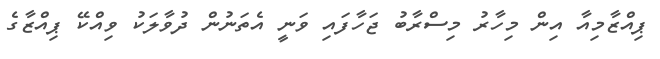
ޕިއްޒާމިއާ އިން މިހާރު މިސްރާބު ޖަހާފައި ވަނީ އެތަނުން ދުވާލަކު ވިއްކޭ ޕިއްޒާގެ